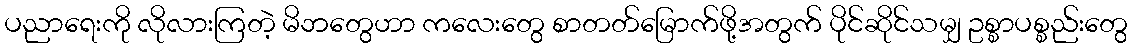
ပညာရေးကို လိုလားကြတဲ့ မိဘတွေဟာ ကလေးတွေ စာတတ်မြောက်ဖို့အတွက် ပိုင်ဆိုင်သမျှ ဥစ္စာပစ္စည်းတွေ